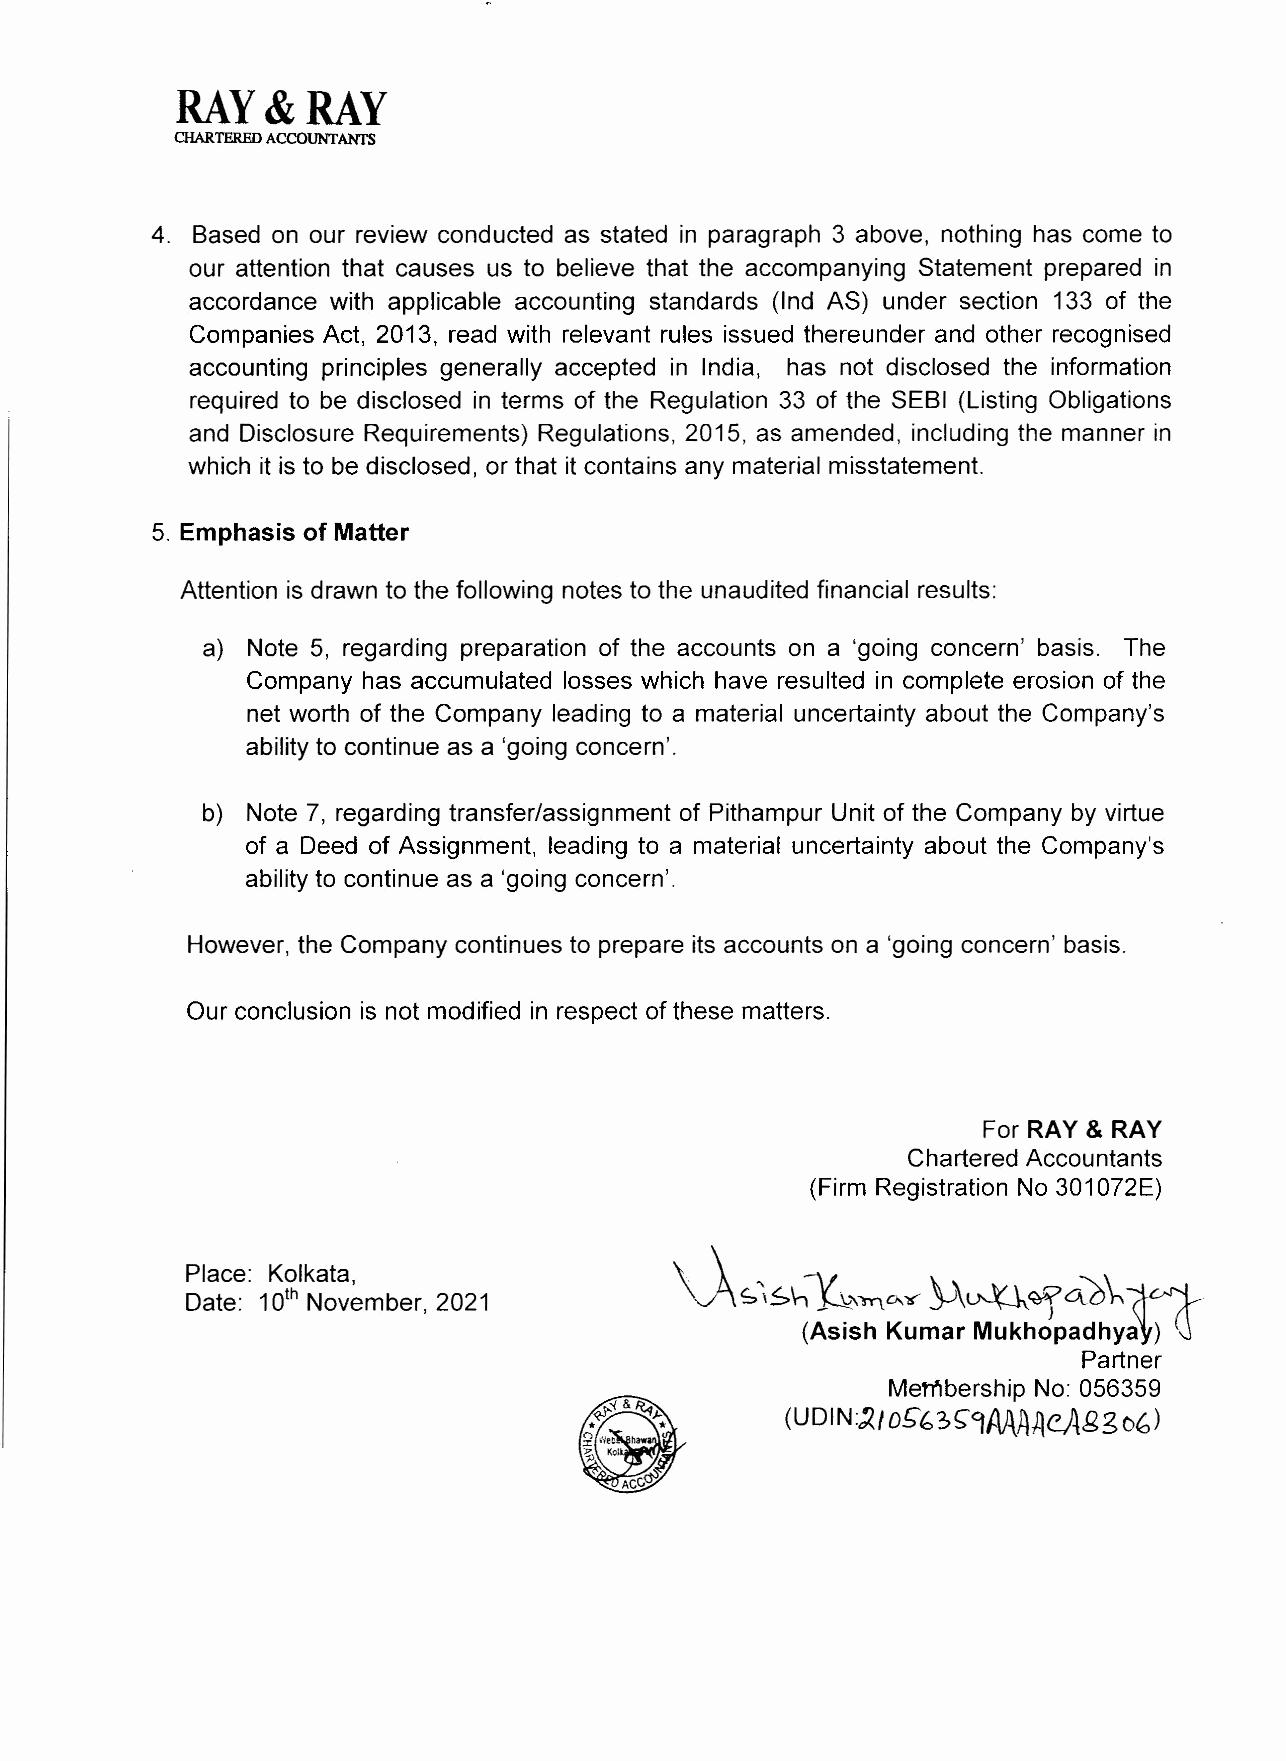
RAY   & RAY
 CHARTERED ACCOUNTANTS
 4. Based on our review conducted as stated in paragraph 3 above, nothing has come to
 our attention that causes us to believe that the accompanying Statement prepared in
 accordance with applicable accounting standards (Ind AS) under section 133 of the
 Companies Act, 2013, read with relevant rules issued thereunder and other recognised
 accounting principles generally accepted in India, has not disclosed the information
 required to be disclosed in terms of the Regulation 33 of the SEBI (Listing Obligations
 and Disclosure Requirements) Regulations, 2015, as amended, including the manner in
 which it is to be disclosed, or that it contains any material misstatement.
 5. Emphasis of Matter
 Attention is drawn to the following notes to the unaudited financial results:
 a) Note 5, regarding preparation of the accounts on a 'going concern' basis. The
 Company has accumulated losses which have resulted in complete erosion of the
 net worth of the Company leading to a material uncertainty about the Company's
 ability to continue as a 'going concern'.
 b) Note 7, regarding transfer/assignment of Pithampur Unit of the Company by virtue
 of a Deed of Assignment, leading to a material uncertainty about the Company's
 ability to continue as a 'going concern'.
 However, the Company continues to prepare its accounts on a 'going concern' basis.
 Our conclusion is not modified in respect of these matters.
 For RAY & RAY
 Chartered Accountants
 (Firm Registration No 301072E)
 (A,s~~\-,~.".,•,,
 Place: Kolkata,
 ~~"fGi.6\'~
 Date: 10th November, 2021
 (Asish Kumar Mukhopadhyay) (j
 Partner
 Membership No: 056359
 3~9AAAAeAgg
 (UDIN:~I O[;b         0(,)